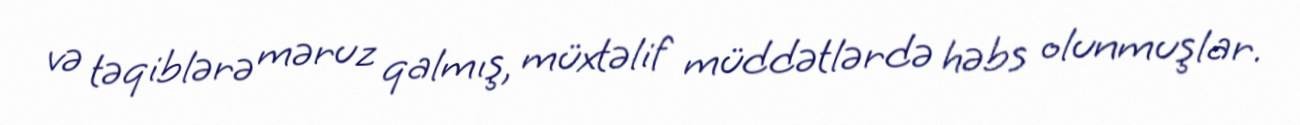
və təqiblərə məruz qalmış, müxtəlif müddətlərdə həbs olunmuşlar.